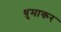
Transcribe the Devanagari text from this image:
धुमाकर